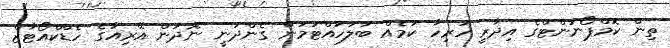
ތިން ކޮމްޕޯނަންޓްގެ އިދާރީ ހުރިހާ ކަމެއް ބަލަހައްޓަމުން ގެންދަނީ ނޮދަން އޭރިއާގެ ހެޑްކްއޯޓާޒް